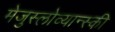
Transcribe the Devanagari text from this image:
मेजुस्लोव्यान्स्की